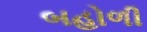
બહોળી